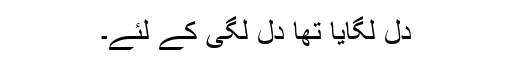
دل لگایا تھا دل لگی کے لئے۔